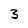
Character: 3